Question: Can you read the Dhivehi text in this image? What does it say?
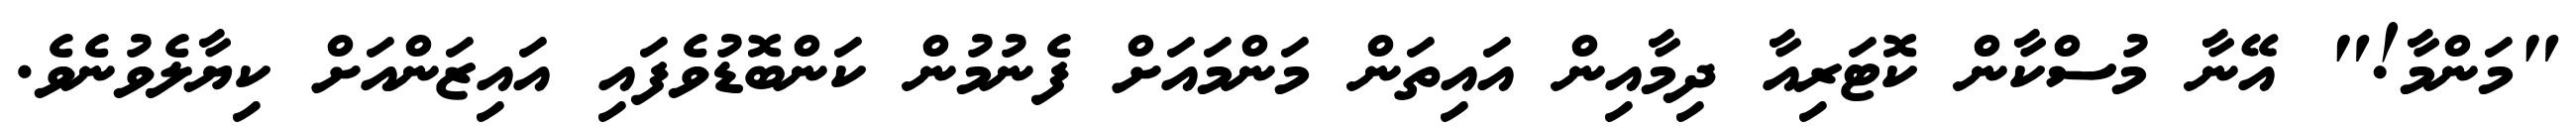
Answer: "މަންމާ!" އޭނާ މުސްކާން ކޮޓަރިއާ ދިމާއިން އައިތަން މަންމައަށް ފެނުމުން ކަންބޮޑުވެފައި އައިޒަންއަށް ކިޔާލެވުނެވެ.